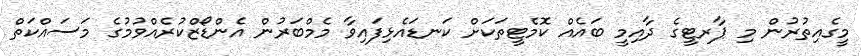
މީގެއިތުރުން މި ޕާރޓީގެ ދާއިމީ ބައެއް ކޮމެޓީތަކަށް ކަނޑައެޅިފައިވާ މެމްބަރުން އެންޑޯޒްކުރެއްވުމުގެ މަސައްކަތް